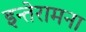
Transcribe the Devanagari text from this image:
इन्तेरामना